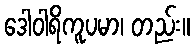
ဒေါဝါရိကူပမာ၊ တည်း။